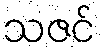
သဇင်